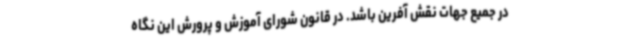
در جمیع جهات نقش آفرین باشد. در قانون شورای آموزش و پرورش این نگاه